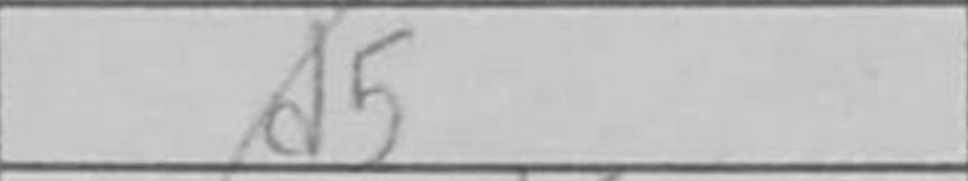
Transcription: d5